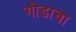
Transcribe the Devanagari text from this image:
गोडाचा